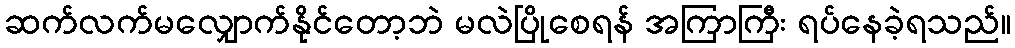
ဆက်လက်မလျှောက်နိုင်တော့ဘဲ မလဲပြိုစေရန် အကြာကြီး ရပ်နေခဲ့ရသည်။